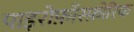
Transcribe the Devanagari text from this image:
पाइरोफ़ॉस्फ़ोरिक